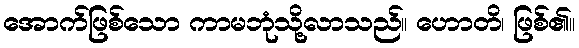
အောက်ဖြစ်သော ကာမဘုံသို့လာသည်။ ဟောတိ၊ ဖြစ်၏။